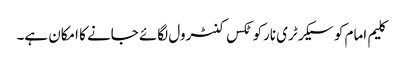
کلیم امام کو سیکرٹری نارکوٹکس کنٹرول لگائے جانے کا امکان ہے۔